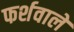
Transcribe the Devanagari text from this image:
फर्शवाले